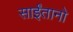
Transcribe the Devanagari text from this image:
साईंतानो